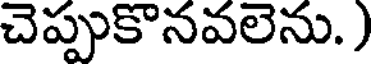
చెప్పుకొనవలెను. )